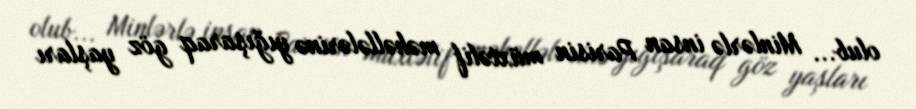
olub... Minlərlə insan Parisin müxtəlif məhəllələrinə yığışaraq göz yaşları